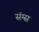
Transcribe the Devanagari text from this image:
संग्स